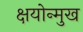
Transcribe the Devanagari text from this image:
क्षयोन्मुख